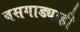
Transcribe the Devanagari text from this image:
बसगाड्याही